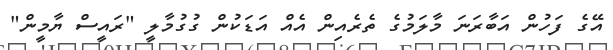
އޭގެ ފަހުން އަބާރަނަ މާލަމުގެ ތެރެއިން އެއް އަޑަކުން ގުގުމާލީ "ރައީސް ޔާމީން"